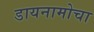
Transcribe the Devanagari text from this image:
डायनामोचा